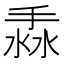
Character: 𢯣